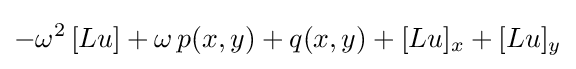
-\omega ^{2}\,[Lu]+\omega \,p(x,y)+q(x,y)+[Lu]_{x}+[Lu]_{y}